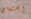
إعتقاد